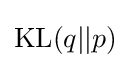
\mathrm {KL} (q||p)